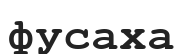
фусаха